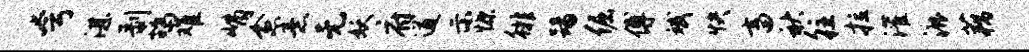
夸湛剥鸪难峭愈意无妖府遒示慷徘踢倔傅斌快畜秋往拉灌漉藕